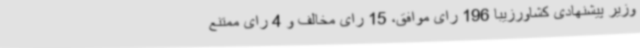
وزیر پیشنهادی کشاورزیبا 196 رای موافق، 15 رای مخالف و 4 رای ممتنع